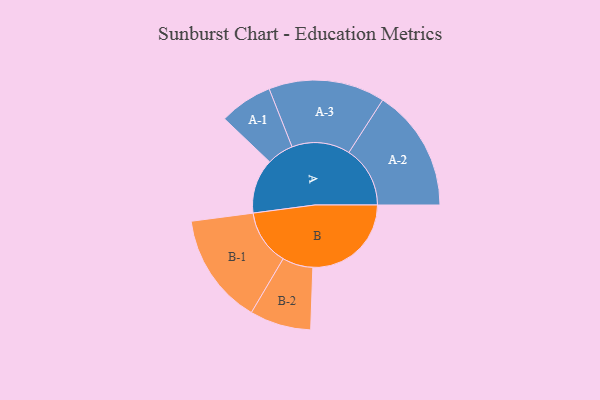
{"axis": {"x": "Segment", "y": "Value"}, "legend": ["", "A", "B"], "data": [{"x": "A", "y": 232, "type": ""}, {"x": "B", "y": 418, "type": ""}, {"x": "A-1", "y": 113, "type": "A"}, {"x": "A-2", "y": 260, "type": "A"}, {"x": "A-3", "y": 247, "type": "A"}, {"x": "B-1", "y": 236, "type": "B"}, {"x": "B-2", "y": 130, "type": "B"}]}